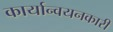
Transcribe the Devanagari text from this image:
कार्यान्‍वयनकारी